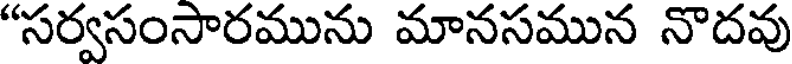
"సర్వసంసారమును మానసమున నొదవు